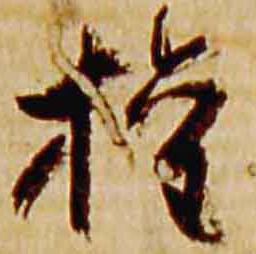
権